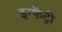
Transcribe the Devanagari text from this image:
इन्फ़ेंट्री